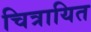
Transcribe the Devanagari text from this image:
चित्रायित